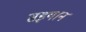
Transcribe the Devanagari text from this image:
सइयान